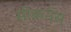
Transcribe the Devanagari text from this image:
सीकनेस